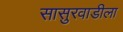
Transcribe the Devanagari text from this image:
सासुरवाडीला